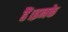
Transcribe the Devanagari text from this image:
हैं।इनके